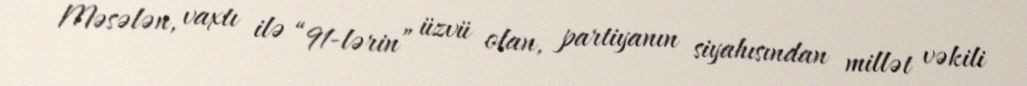
Məsələn, vaxtı ilə “91-lərin” üzvü olan, partiyanın siyahısından millət vəkili